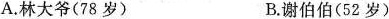
A.林大爷(78岁) B.谢伯伯(52岁)